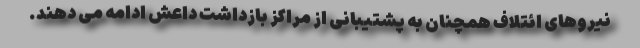
نیروهای ائتلاف همچنان به پشتیبانی از مراکز بازداشت داعش ادامه می دهند.